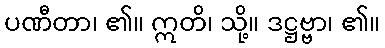
ပဏီတာ၊ ၏။ ဣတိ၊ သို့။ ဒဋ္ဌဗ္ဗာ၊ ၏။